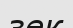
зек